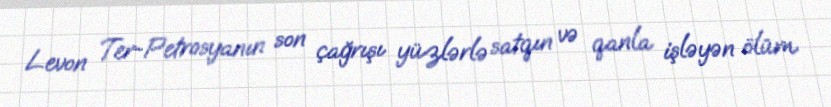
Levon Ter-Petrosyanın son çağrışı yüzlərlə satqın və qanla işləyən ölüm